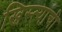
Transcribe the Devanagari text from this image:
ख्रिस्त्यांची